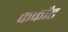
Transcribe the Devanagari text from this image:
कर्कोंट